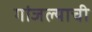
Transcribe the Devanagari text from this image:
गांजल्याची